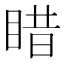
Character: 𥈣